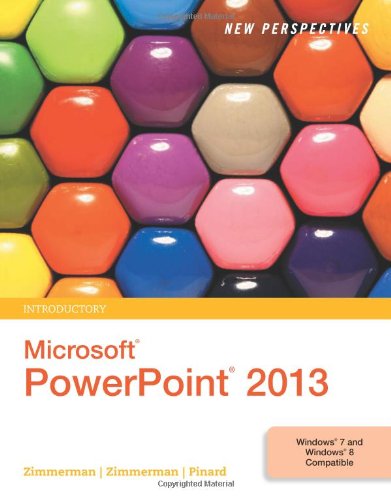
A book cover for New Perspectives on Microsoft PowerPoint 2013, Introductory (New Perspectives Series); S. Scott Zimmerman; Computers & Technology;